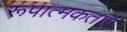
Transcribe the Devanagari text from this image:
रूपात्मकताएं